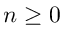
n \geq 0